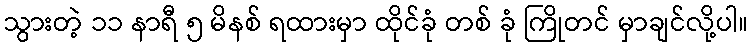
သွားတဲ့ ၁၁ နာရီ ၅ မိနစ် ရထားမှာ ထိုင်ခုံ တစ် ခုံ ကြိုတင် မှာချင်လို့ပါ။